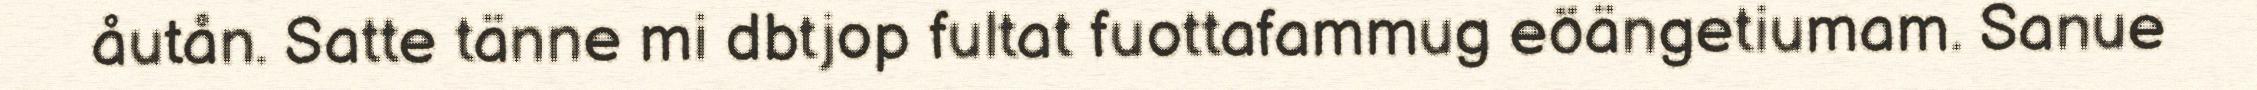
åutån. Satte tänne mi dbtjop fultat fuottafammug eöängetiumam. Sanue